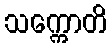
သက္ကောတိ